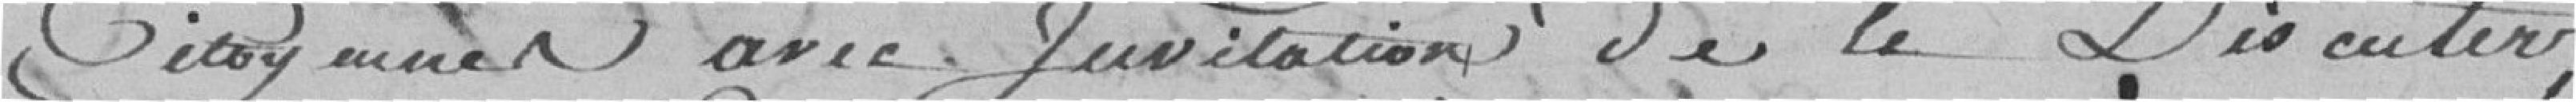
citoyennes avec invitation de le discuter